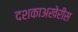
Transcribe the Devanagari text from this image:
दशकाअखेरीस